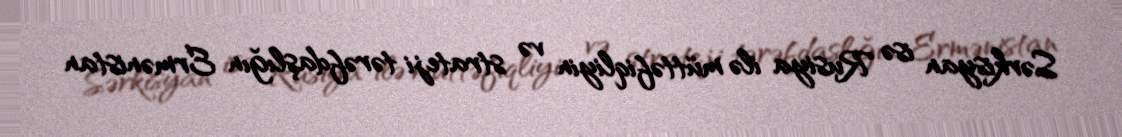
Sərkisyan isə Rusiya ilə müttəfiqliyin və strateji tərəfdaşlığın Ermənistan